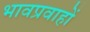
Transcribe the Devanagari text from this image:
भावप्रवाहों